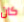
كان